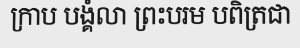
ក្រាប បង្គំលា ព្រះបរម បពិត្រជា